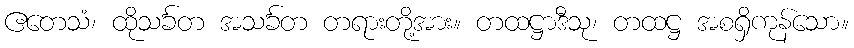
ဧတေသံ၊ ထိုသင်္ခတ အသင်္ခတ တရားတို့အား။ တထဋ္ဌာဒီသု၊ တထဋ္ဌ အစရှိကုန်သော။